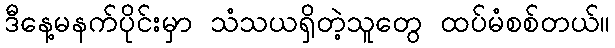
ဒီနေ့မနက်ပိုင်းမှာ သံသယရှိတဲ့သူတွေ ထပ်မံစစ်တယ်။